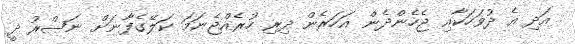
އަދި އެ ދުވަހަކާއި ޖެހެންދެން އަހަރެން ދިރި ހުރެއްޖެނަމަ ކަލޭގެފާނަށް ނަޞްރު ދީ